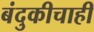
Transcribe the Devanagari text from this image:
बंदुकीचाही